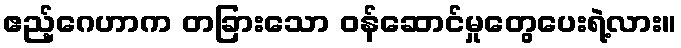
ဧည့်ဂေဟာက တခြားသော ဝန်ဆောင်မှုတွေပေးရဲ့လား။